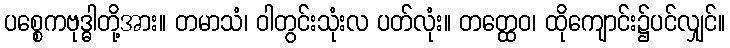
ပစ္စေကဗုဒ္ဓါတို့အား။ တမာသံ၊ ဝါတွင်းသုံးလ ပတ်လုံး။ တတ္ထေဝ၊ ထိုကျောင်း၌ပင်လျှင်။